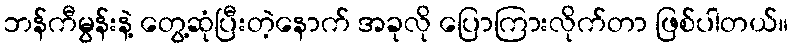
ဘန်ကီမွန်းနဲ့ တွေ့ဆုံပြီးတဲ့နောက် အခုလို ပြောကြားလိုက်တာ ဖြစ်ပါတယ်။